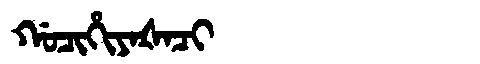
Manchu: ᡤᠣᠴᡳᡥᡳᠶᠠᡧᠠᠴᡳ
Romanization: GOCIHIYAŠACI